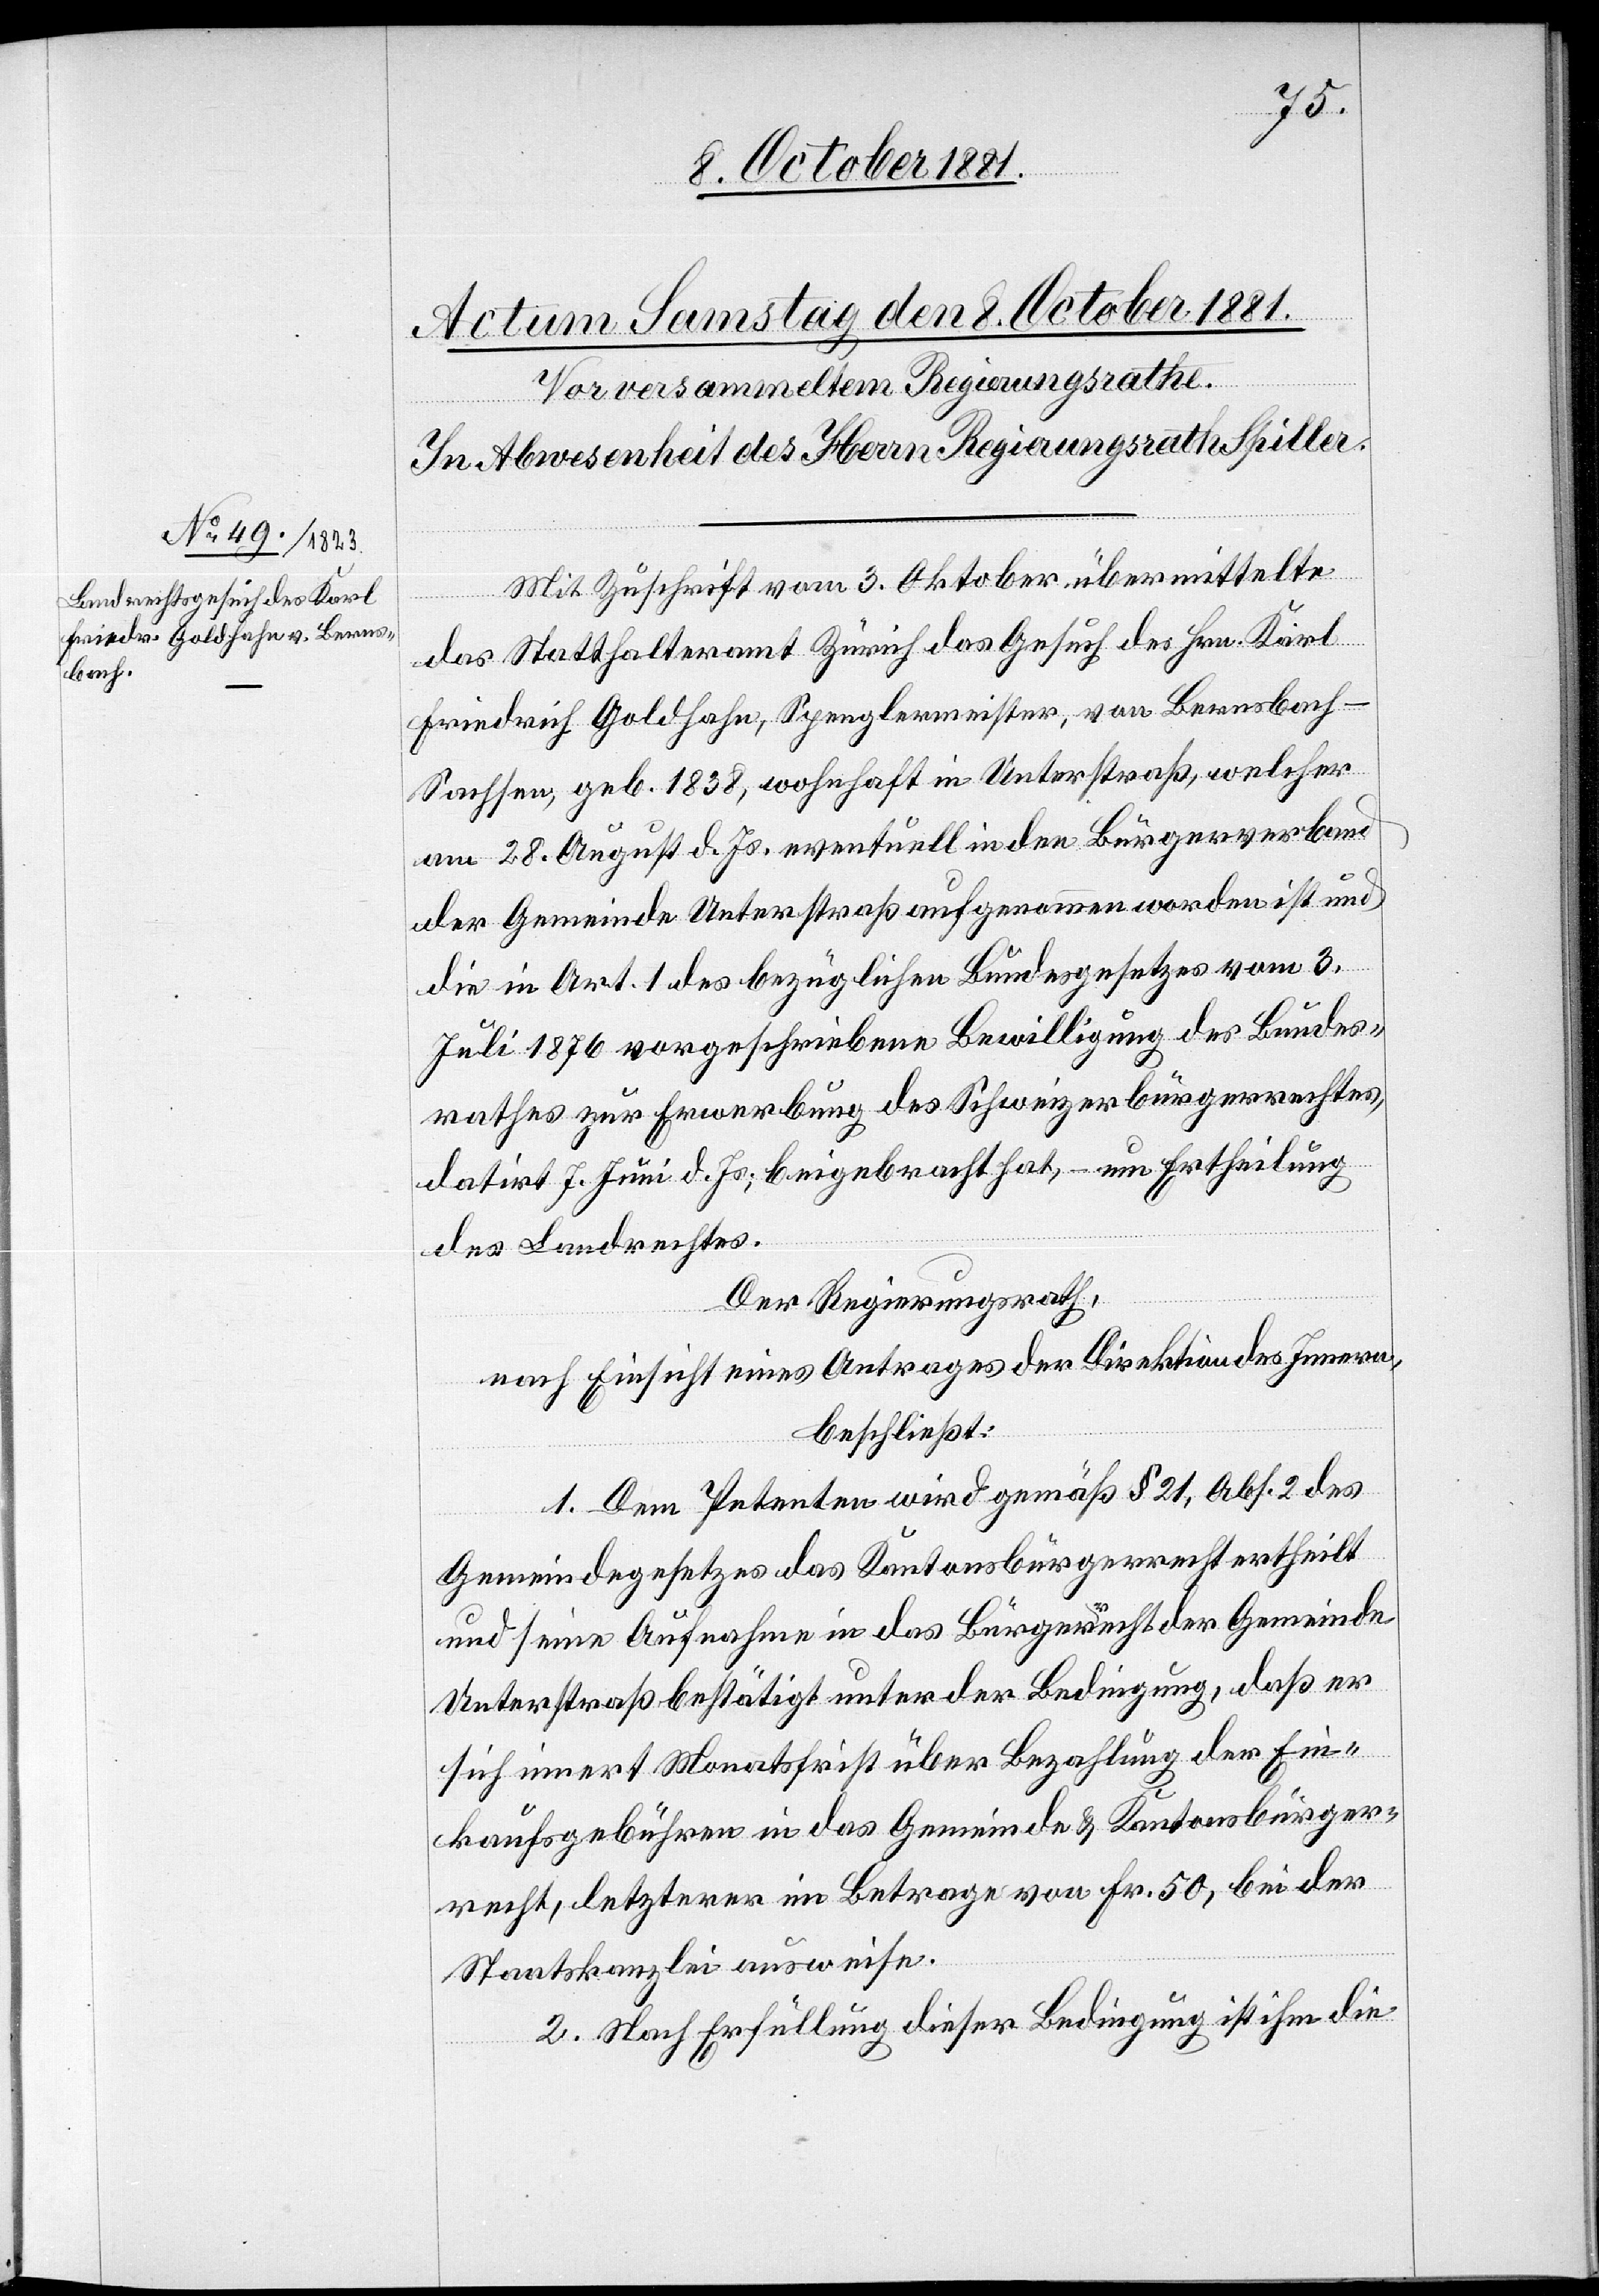
Mit Zuschrift vom 3. Oktober übermittelte
das Statthalteramt Zürich das Gesuch des Hrn. Karl
Friedrich Goldhahn, Spenglermeister, von Bernsbach
Sachsen, geb. 1838, wohnhaft in Unterstraß, welcher
am 28. August d. Js. eventuell in den Bürgerverband
der Gemeinde Unterstraß aufgenommen worden ist und
die in Art. 1 des bezüglichen Bundesgesetzes vom 3.
Juli 1876 vorgeschriebene Bewilligung des Bundes¬
rathes zur Erwerbung des Schweizerbürgerrechtes,
datirt 7. Juni d. Js., beigebracht hat, – um Ertheilung
des Landrechtes.
Der Regierungsrath,
nach Einsicht eines Antrages der Direktion des Innern,
beschließt:
1. Dem Petenten wird gemäß § 21, Abs. 2 des
Gemeindegesetzes das Kantonsbürgerrecht ertheilt
und seine Aufnahme in das Bürgerrecht der Gemeinde
Unterstraß bestätigt unter der Bedingung, daß er
sich innert Monatsfrist über Bezahlung der Ein¬
kaufsgebühren in das Gemeinde[-] & Kantonsbürger¬
recht, letzterer im Betrage von Fr. 50, bei der
Staatskanzlei ausweise.
2. Nach Erfüllung dieser Bedingung ist ihm die